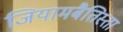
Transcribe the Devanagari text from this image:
जियामबैतिस्ता